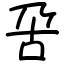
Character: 呄